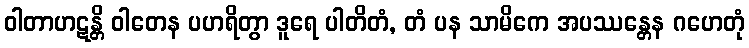
ဝါတာဟဋန္တိ ဝါတေန ပဟရိတွာ ဒူရေ ပါတိတံ, တံ ပန သာမိကေ အပဿန္တေန ဂဟေတုံ